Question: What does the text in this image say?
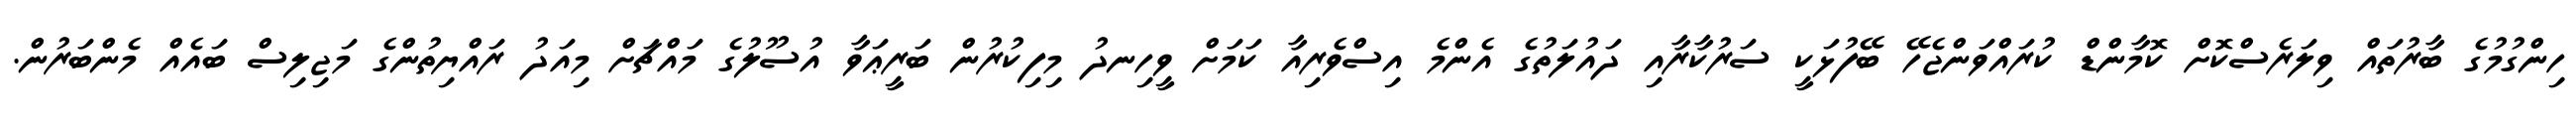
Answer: ހިންގުމުގެ ބާރުތައް ވިލަރެސްކޮށް ކޮމާންޑް ކުރައްވަންޖެހޭ ބޭފުޅަކީ ސަރުކާރާއި ދައުލަތުގެ އެންމެ އިސްވެރިއާ ކަމަށް ވީހިނދު މިފިކުރުން ބަރީޢަވާ އުސޫލުގެ މައްޗަށް މިއަދު ރައްޔިތުންގެ މަޖިލިސް ބައެއް މެންބަރުން.